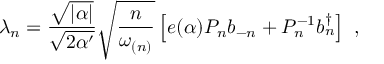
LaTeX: \lambda _ { n } = \frac { \sqrt { | \alpha | } } { \sqrt { 2 \alpha ^ { \prime } } } \sqrt { \frac { n } { \omega _ { ( n ) } } } \left[ e ( \alpha ) P _ { n } b _ { - n } + P _ { n } ^ { - 1 } b _ { n } ^ { \dagger } \right] ~ ,